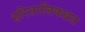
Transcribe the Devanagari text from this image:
हरितालिकव्रत